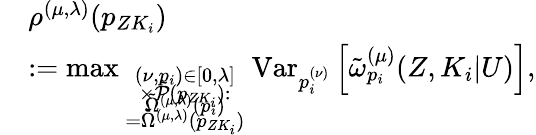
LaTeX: \begin{array}{rl}&{\rho^{(\mu,\lambda)}(p_{ZK_{i}})}\\ &{:={\operatorname*{max}_{\scriptstyle(\nu,p_{i})\in[0,\lambda]\atop{\scriptstyle\times\tilde{\cal P}(p_{ZK_{i}}):\atop{\scriptstyle\tilde{\Omega}^{(\mu,\lambda)}(p_{i})\atop{\scriptstyle=\tilde{\Omega}^{(\mu,\lambda)}(p_{ZK_{i}})}}}}}\mathrm{Var}_{{p_{i}^{(\nu)}}}\left[\tilde{\omega}_{p_{i}}^{(\mu)}({Z},K_{i}|U)\right],}\end{array}